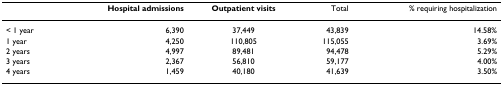
|  | Hospital admissions | Outpatient visits | Total | % requiring hospitalization |
 | --- | --- | --- | --- | --- |
 | < 1 year | 6,390 | 37,449 | 43,839 | 14.58% |
 | 1 year | 4,250 | 110,805 | 115,055 | 3.69% |
 | 2 years | 4,997 | 89,481 | 94,478 | 5.29% |
 | 3 years | 2,367 | 56,810 | 59,177 | 4.00% |
 | 4 years | 1,459 | 40,180 | 41,639 | 3.50% |